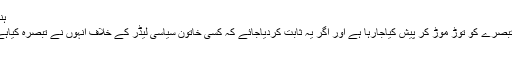
April 16, 2019	Top Stories, ہندوستان
مذکورہ ایس پی لیڈر نے دعوی کیا کہ ان کے تبصرے کو توڑ موڑ کر پیش کیاجارہا ہے اور اگر یہ ثابت کردیاجائے کہ کسی خاتون سیاسی لیڈر کے خلاف انہوں نے تبصرہ کیاہے الیکشن سے وہ دستبردار ی اختیار کرلیں گے
لکھنو۔